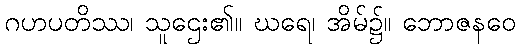
ဂဟပတိဿ၊ သူဌေး၏။ ဃရေ၊ အိမ်၌။ ဘောဇနဝေ